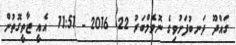
ގައްދޫ ދަނބުފަށުވިގެ ނޮވެމްބަރު 22